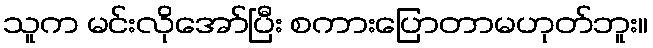
သူက မင်းလိုအော်ပြီး စကားပြောတာမဟုတ်ဘူး။